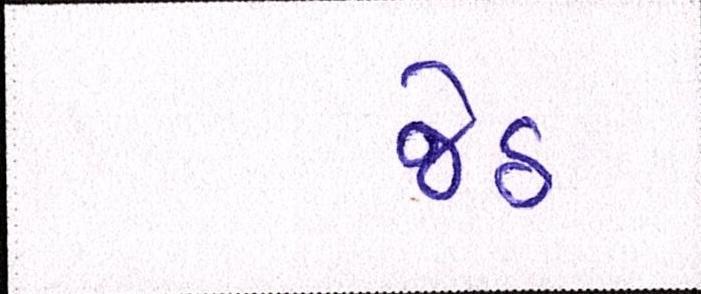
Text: જેઠ